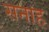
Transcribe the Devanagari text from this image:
सनाह